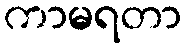
ကာမရတာ